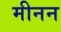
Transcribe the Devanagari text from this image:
मीनन